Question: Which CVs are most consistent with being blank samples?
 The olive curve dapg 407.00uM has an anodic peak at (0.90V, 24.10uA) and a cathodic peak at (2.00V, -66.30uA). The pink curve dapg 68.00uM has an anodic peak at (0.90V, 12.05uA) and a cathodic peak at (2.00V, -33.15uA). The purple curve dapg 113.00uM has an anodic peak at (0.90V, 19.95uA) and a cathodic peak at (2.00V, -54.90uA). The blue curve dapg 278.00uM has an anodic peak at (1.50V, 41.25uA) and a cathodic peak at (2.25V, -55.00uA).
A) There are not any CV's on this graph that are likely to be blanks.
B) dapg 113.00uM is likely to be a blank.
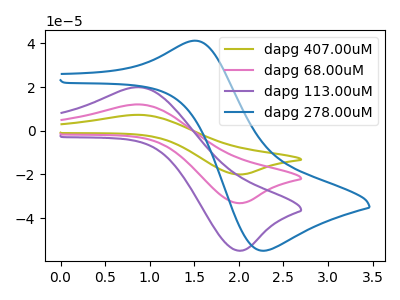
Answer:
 <answer>A) There are not any CV's on this graph that are likely to be blanks.</answer>
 <eval>A</eval>